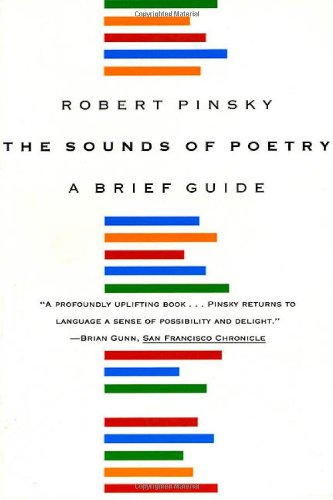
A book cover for The Sounds of Poetry: A Brief Guide; Robert Pinsky; Reference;